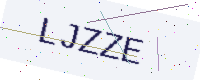
Text: LJZZE